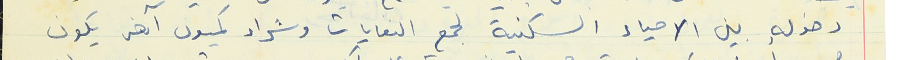
دخوله بين الاحياء السكنية لجمع النفايات وشراء كميون آخر يكون